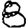
Digit: 8